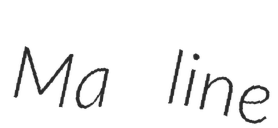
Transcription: Ma line